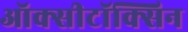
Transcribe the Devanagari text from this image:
ऑक्सीटॉक्सिन